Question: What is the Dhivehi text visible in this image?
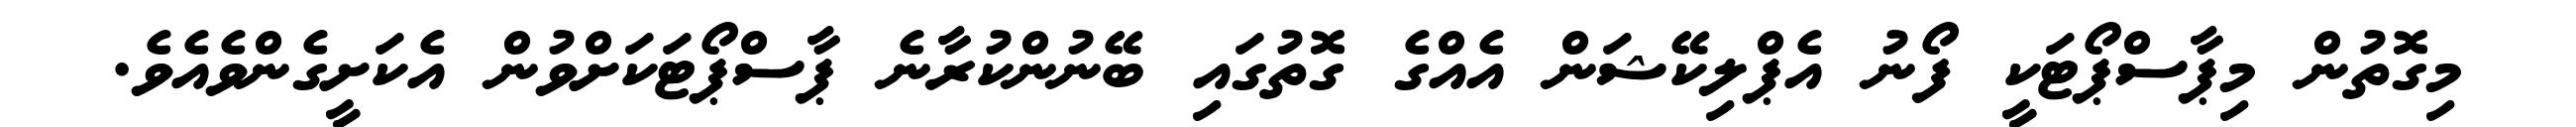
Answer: މިގޮތުން މިޕާސްޕޯޓަކީ ފޯނު އެޕްލިކޭޝަން އެއްގެ ގޮތުގައި ބޭނުންކުރާނެ ޕާސްޕޯޓަކަށްވުން އެކަށީގެންވެއެވެ.